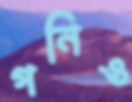
গনিও